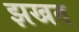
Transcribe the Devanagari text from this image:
झखत